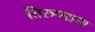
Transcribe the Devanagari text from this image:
तिरुप्पाण